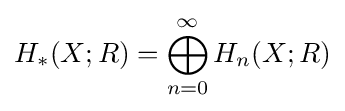
H_{*}(X;R)=\bigoplus _{n=0}^{\infty }H_{n}(X;R)